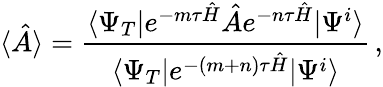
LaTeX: \langle\hat{A}\rangle=\frac{\langle\Psi_{T}|e^{-m\tau\hat{H}}\hat{A}e^{-n\tau\hat{H}}|\Psi^{i}\rangle}{\langle\Psi_{T}|e^{-(m+n)\tau\hat{H}}|\Psi^{i}\rangle}\, ,